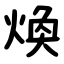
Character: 煥